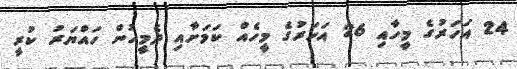
24 އަހަރުގެ މީހާއި 26 އަހަރުގެ މީހެއް ކަމަށާއި ދެމީހުން ހައްޔަރު ކުރީ